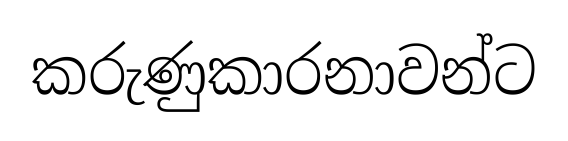
කරුණුකාරනාවන්ට